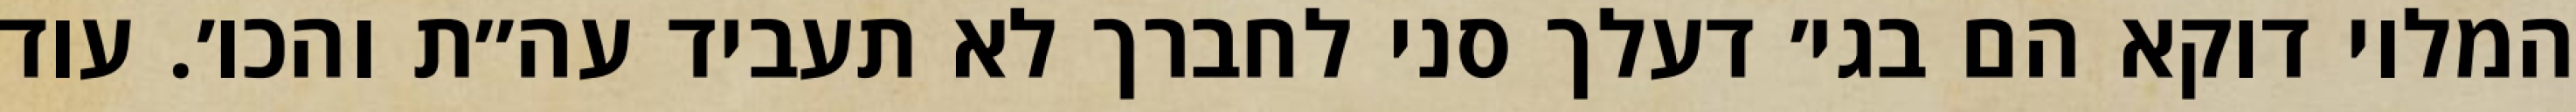
המלוי דוקא הם בגי׳ דעלך סני לחברך לא תעביד עה״ת והכו׳. עוד